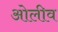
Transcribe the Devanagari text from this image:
ओलीव